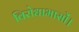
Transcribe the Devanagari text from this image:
विरोधाभासों।